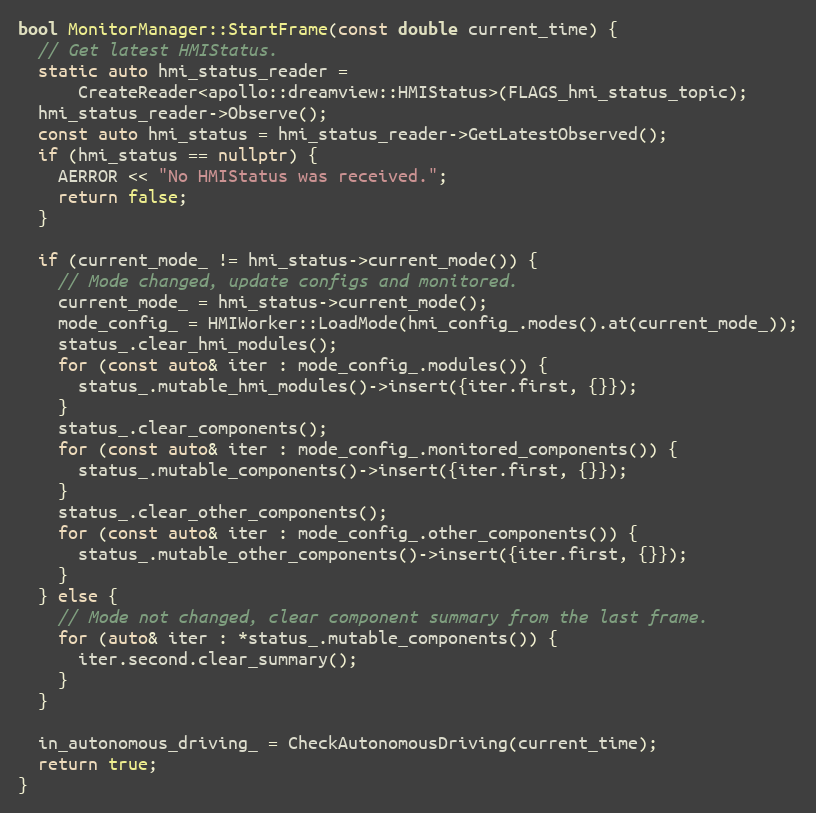
Language: C++
bool MonitorManager::StartFrame(const double current_time) {
  // Get latest HMIStatus.
  static auto hmi_status_reader =
      CreateReader<apollo::dreamview::HMIStatus>(FLAGS_hmi_status_topic);
  hmi_status_reader->Observe();
  const auto hmi_status = hmi_status_reader->GetLatestObserved();
  if (hmi_status == nullptr) {
    AERROR << "No HMIStatus was received.";
    return false;
  }

  if (current_mode_ != hmi_status->current_mode()) {
    // Mode changed, update configs and monitored.
    current_mode_ = hmi_status->current_mode();
    mode_config_ = HMIWorker::LoadMode(hmi_config_.modes().at(current_mode_));
    status_.clear_hmi_modules();
    for (const auto& iter : mode_config_.modules()) {
      status_.mutable_hmi_modules()->insert({iter.first, {}});
    }
    status_.clear_components();
    for (const auto& iter : mode_config_.monitored_components()) {
      status_.mutable_components()->insert({iter.first, {}});
    }
    status_.clear_other_components();
    for (const auto& iter : mode_config_.other_components()) {
      status_.mutable_other_components()->insert({iter.first, {}});
    }
  } else {
    // Mode not changed, clear component summary from the last frame.
    for (auto& iter : *status_.mutable_components()) {
      iter.second.clear_summary();
    }
  }

  in_autonomous_driving_ = CheckAutonomousDriving(current_time);
  return true;
}